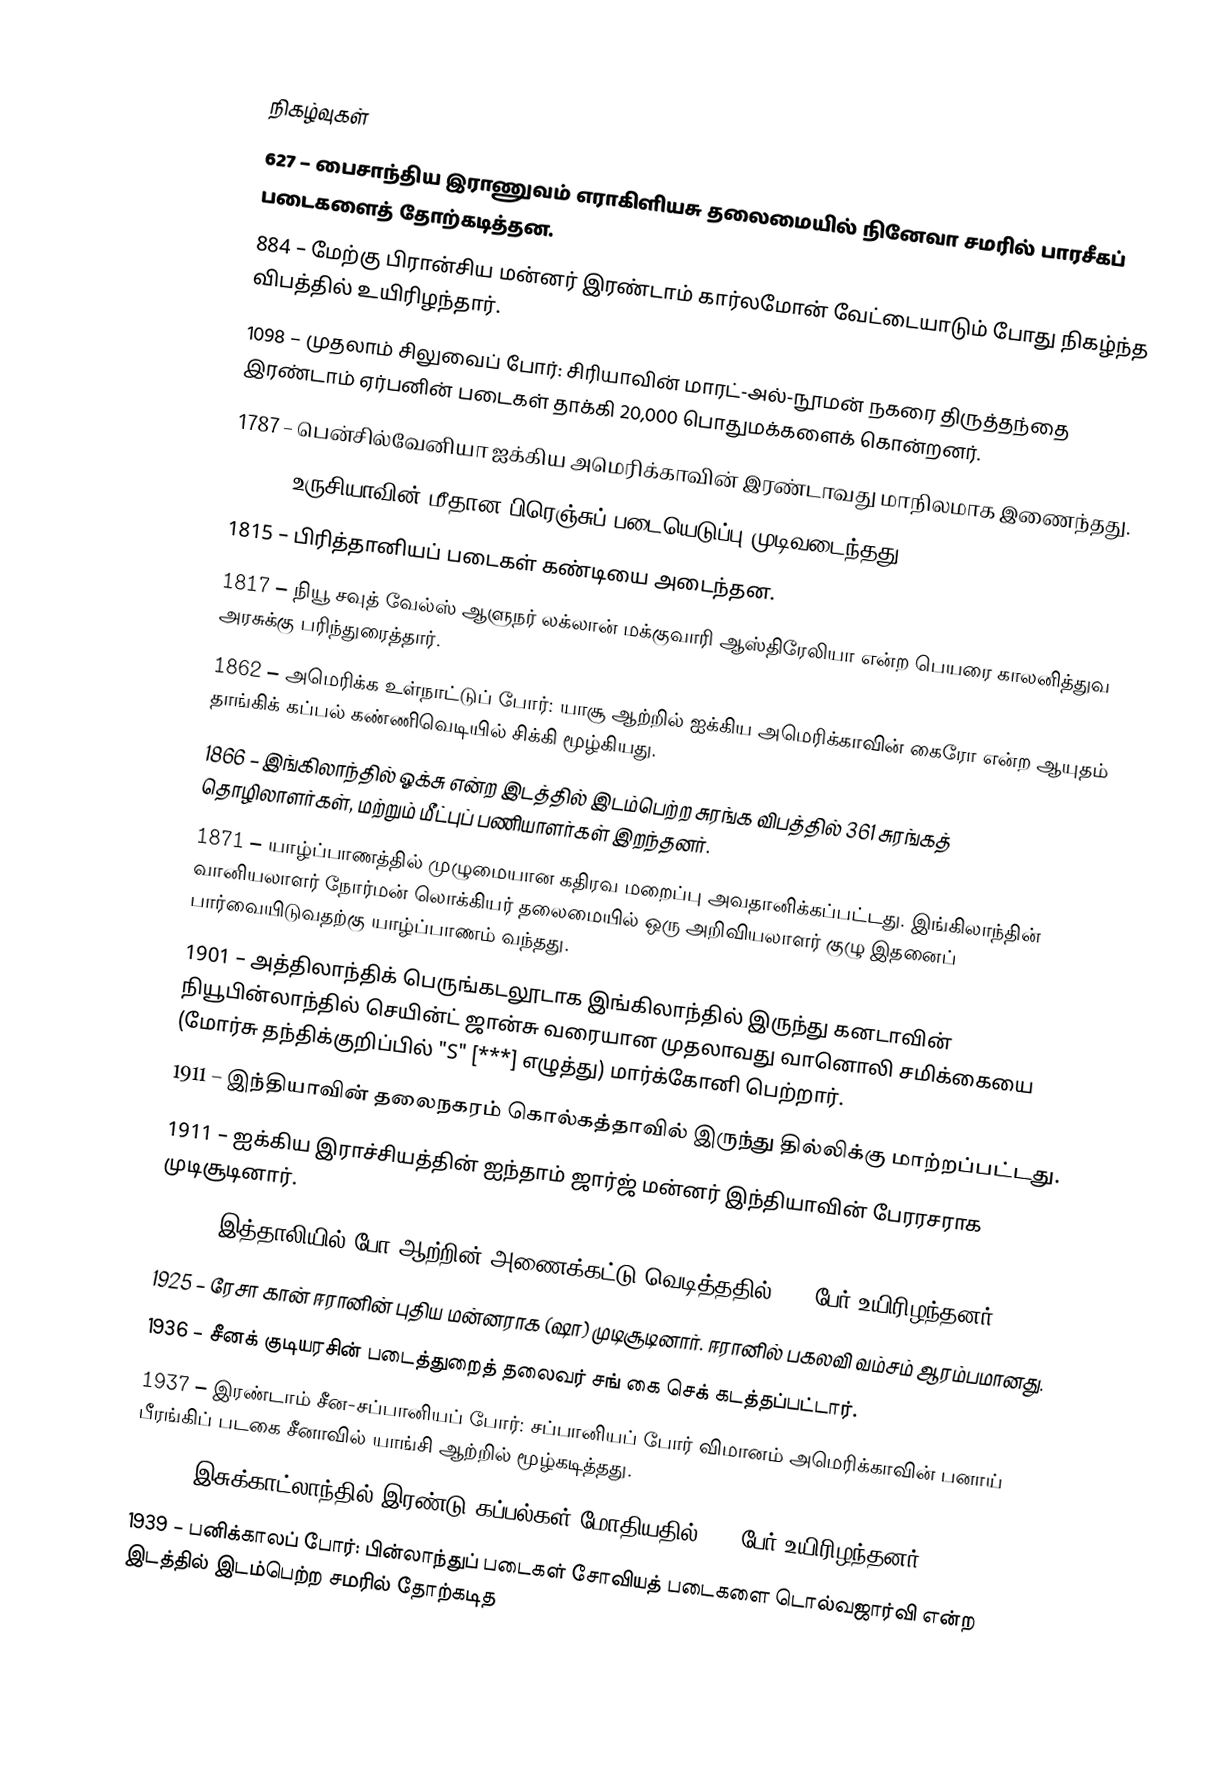

நிகழ்வுகள்
 627 – பைசாந்திய இராணுவம் எராகிளியசு தலைமையில் நினேவா சமரில் பாரசீகப் படைகளைத் தோற்கடித்தன.
 884 – மேற்கு பிரான்சிய மன்னர் இரண்டாம் கார்லமோன் வேட்டையாடும் போது நிகழ்ந்த விபத்தில் உயிரிழந்தார்.
1098 – முதலாம் சிலுவைப் போர்: சிரியாவின் மாரட்-அல்-நூமன் நகரை திருத்தந்தை இரண்டாம் ஏர்பனின் படைகள் தாக்கி 20,000 பொதுமக்களைக் கொன்றனர்.
1787 – பென்சில்வேனியா ஐக்கிய அமெரிக்காவின் இரண்டாவது மாநிலமாக இணைந்தது.
1812 – உருசியாவின் மீதான பிரெஞ்சுப் படையெடுப்பு முடிவடைந்தது.
1815 – பிரித்தானியப் படைகள் கண்டியை அடைந்தன.
1817 – நியூ சவுத் வேல்ஸ் ஆளுநர் லக்லான் மக்குவாரி ஆஸ்திரேலியா என்ற பெயரை காலனித்துவ அரசுக்கு பரிந்துரைத்தார்.
1862 – அமெரிக்க உள்நாட்டுப் போர்: யாசூ ஆற்றில் ஐக்கிய அமெரிக்காவின் கைரோ என்ற ஆயுதம் தாங்கிக் கப்பல் கண்ணிவெடியில் சிக்கி மூழ்கியது.
1866 – இங்கிலாந்தில் ஓக்சு என்ற இடத்தில் இடம்பெற்ற சுரங்க விபத்தில் 361 சுரங்கத் தொழிலாளர்கள், மற்றும் மீட்புப் பணியாளர்கள் இறந்தனர்.
1871 – யாழ்ப்பாணத்தில் முழுமையான கதிரவ மறைப்பு அவதானிக்கப்பட்டது. இங்கிலாந்தின் வானியலாளர் நோர்மன் லொக்கியர் தலைமையில் ஒரு அறிவியலாளர் குழு இதனைப் பார்வையிடுவதற்கு யாழ்ப்பாணம் வந்தது.
1901 – அத்திலாந்திக் பெருங்கடலூடாக இங்கிலாந்தில் இருந்து கனடாவின் நியூபின்லாந்தில் செயின்ட் ஜான்சு வரையான முதலாவது வானொலி சமிக்கையை (மோர்சு தந்திக்குறிப்பில் "S" [***] எழுத்து) மார்க்கோனி பெற்றார்.
1911 – இந்தியாவின் தலைநகரம் கொல்கத்தாவில் இருந்து தில்லிக்கு மாற்றப்பட்டது.
1911 – ஐக்கிய இராச்சியத்தின் ஐந்தாம் ஜார்ஜ் மன்னர் இந்தியாவின் பேரரசராக முடிசூடினார்.
1923 – இத்தாலியில் போ ஆற்றின் அணைக்கட்டு வெடித்ததில் 600 பேர் உயிரிழந்தனர்.
1925 – ரேசா கான் ஈரானின் புதிய மன்னராக (ஷா) முடிசூடினார். ஈரானில் பகலவி வம்சம் ஆரம்பமானது.
1936 – சீனக் குடியரசின் படைத்துறைத் தலைவர் சங் கை செக் கடத்தப்பட்டார்.
1937 – இரண்டாம் சீன-சப்பானியப் போர்: சப்பானியப் போர் விமானம் அமெரிக்காவின் பனாய் பீரங்கிப் படகை சீனாவில் யாங்சி ஆற்றில் மூழ்கடித்தது.
1939 – இசுக்காட்லாந்தில் இரண்டு கப்பல்கள் மோதியதில் 124 பேர் உயிரிழந்தனர்.
1939 – பனிக்காலப் போர்: பின்லாந்துப் படைகள் சோவியத் படைகளை டொல்வஜார்வி என்ற இடத்தில் இடம்பெற்ற சமரில் தோற்கடித